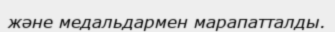
және медальдармен марапатталды.